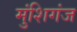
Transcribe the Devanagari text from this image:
मुंशिगंज